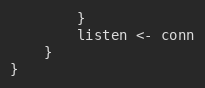
Language: Go
		}
		listen <- conn
	}
}